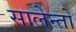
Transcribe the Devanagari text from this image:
सालेन्तो